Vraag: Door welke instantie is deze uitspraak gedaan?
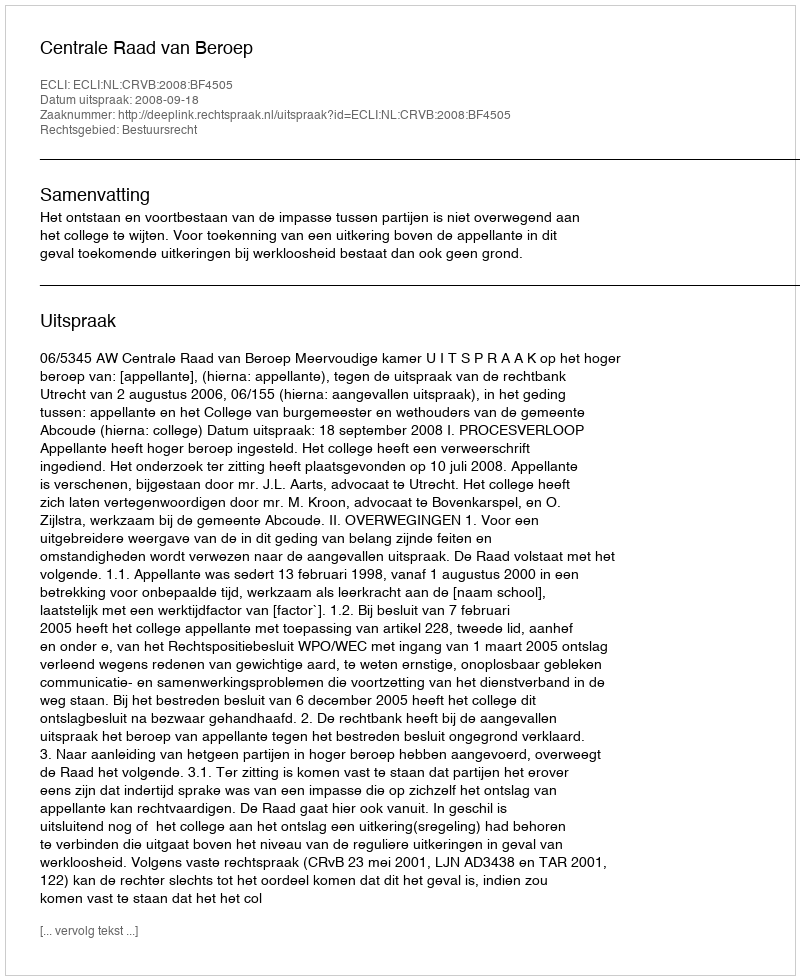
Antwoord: Centrale Raad van Beroep